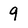
Character: 9